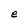
Character: e